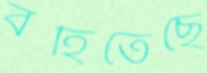
বহিতেছে